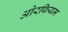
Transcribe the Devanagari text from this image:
ओरफियम